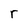
Character: r